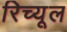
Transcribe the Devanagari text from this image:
रिच्यूल